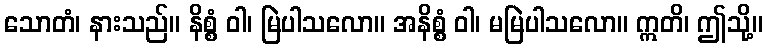
သောတံ၊ နားသည်။ နိစ္စံ ဝါ၊ မြဲပါသလော။ အနိစ္စံ ဝါ၊ မမြဲပါသလော။ ဣတိ၊ ဤသို့။